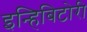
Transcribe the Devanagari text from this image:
इन्हिबिटोरी